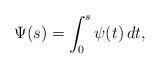
LaTeX: \begin{align*}\Psi(s)=\int_0^s \psi(t)\, dt,\end{align*}